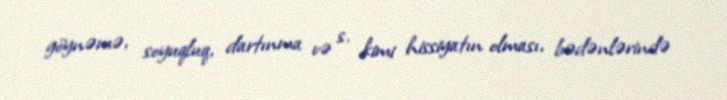
göynəmə, soyuqluq, dartınma və s. kimi hissiyatın olması, bədənlərində